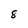
Character: 8